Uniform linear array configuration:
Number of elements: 12
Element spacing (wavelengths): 0.75
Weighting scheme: kaiser
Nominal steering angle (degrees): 15
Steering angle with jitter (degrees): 16.883
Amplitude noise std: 0.05
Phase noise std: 0.05

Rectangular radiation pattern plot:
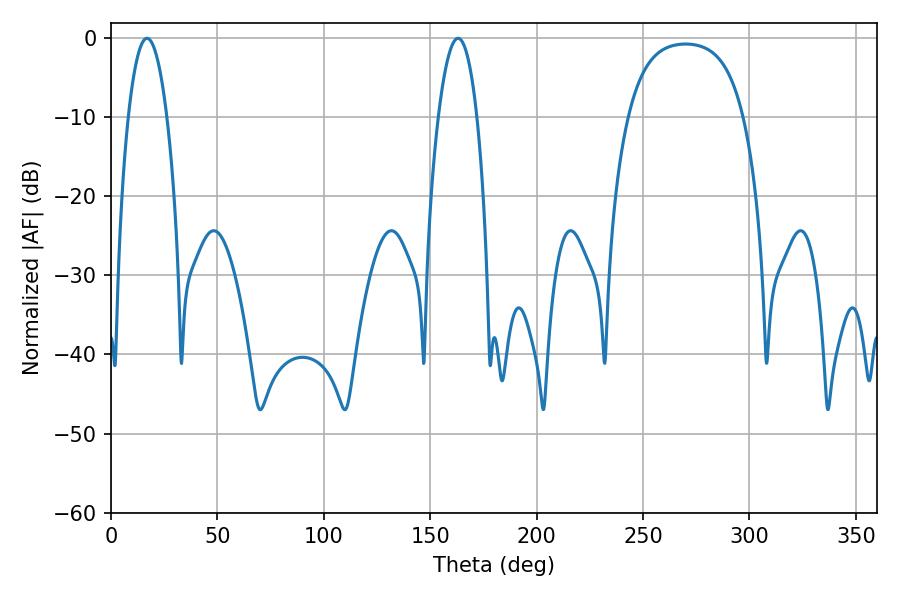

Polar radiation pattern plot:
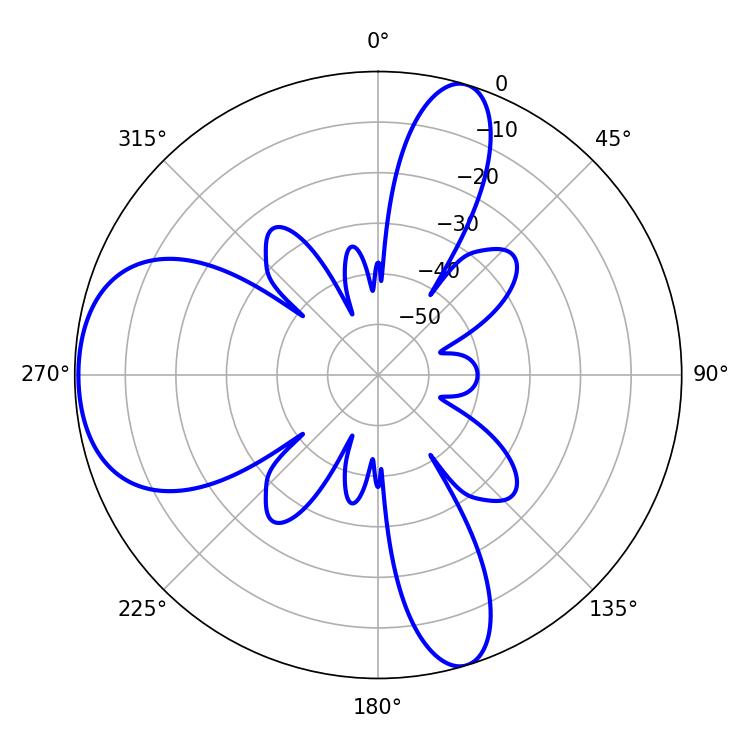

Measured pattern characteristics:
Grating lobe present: TRUE
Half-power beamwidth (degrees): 10.08
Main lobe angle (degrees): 16.92